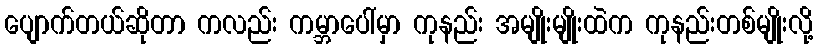
ပျောက်တယ်ဆိုတာ ကလည်း ကမ္ဘာပေါ်မှာ ကုနည်း အမျိုးမျိုးထဲက ကုနည်းတစ်မျိုးလို့